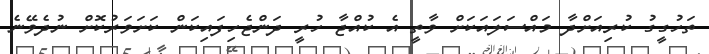
ތަހުގީގު ކުރިއަށްދާ މައްސަލައަކަށް ވާތީ އެ ކުއްޖާ ހުރީ ދަންޖެހިފައިކަން ކަށަވަރުކޮށް ނުދެވޭނެ